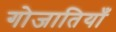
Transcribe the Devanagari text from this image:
गोजातियाँ